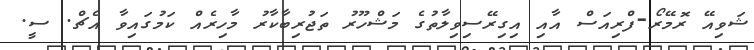
ޝަވިއޭ ރޮމޭރޯ-ފްރިއަސް އާއި އިގިރޭސިވިލާތުގެ މަޝްހޫރު ތަޖުރިބާކާރު މާހިރެއް ކަމުގައިވާ އެޗް. ސީ.